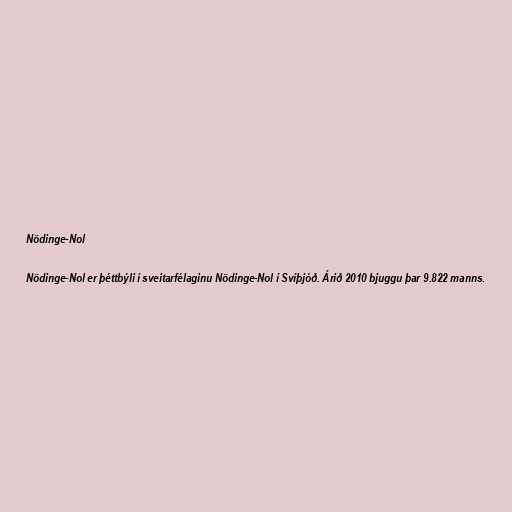
Nödinge-Nol

Nödinge-Nol er þéttbýli í sveitarfélaginu Nödinge-Nol í Svíþjóð. Árið 2010 bjuggu þar 9.822 manns.